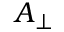
{ \boldsymbol { A } } _ { \perp }